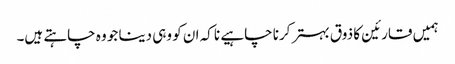
ہمیں قارئین کا ذوق بہتر کرنا چاہیے نا کہ ان کو وہی دینا جو وہ چاہتے ہیں۔